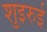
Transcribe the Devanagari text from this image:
शुइरुई